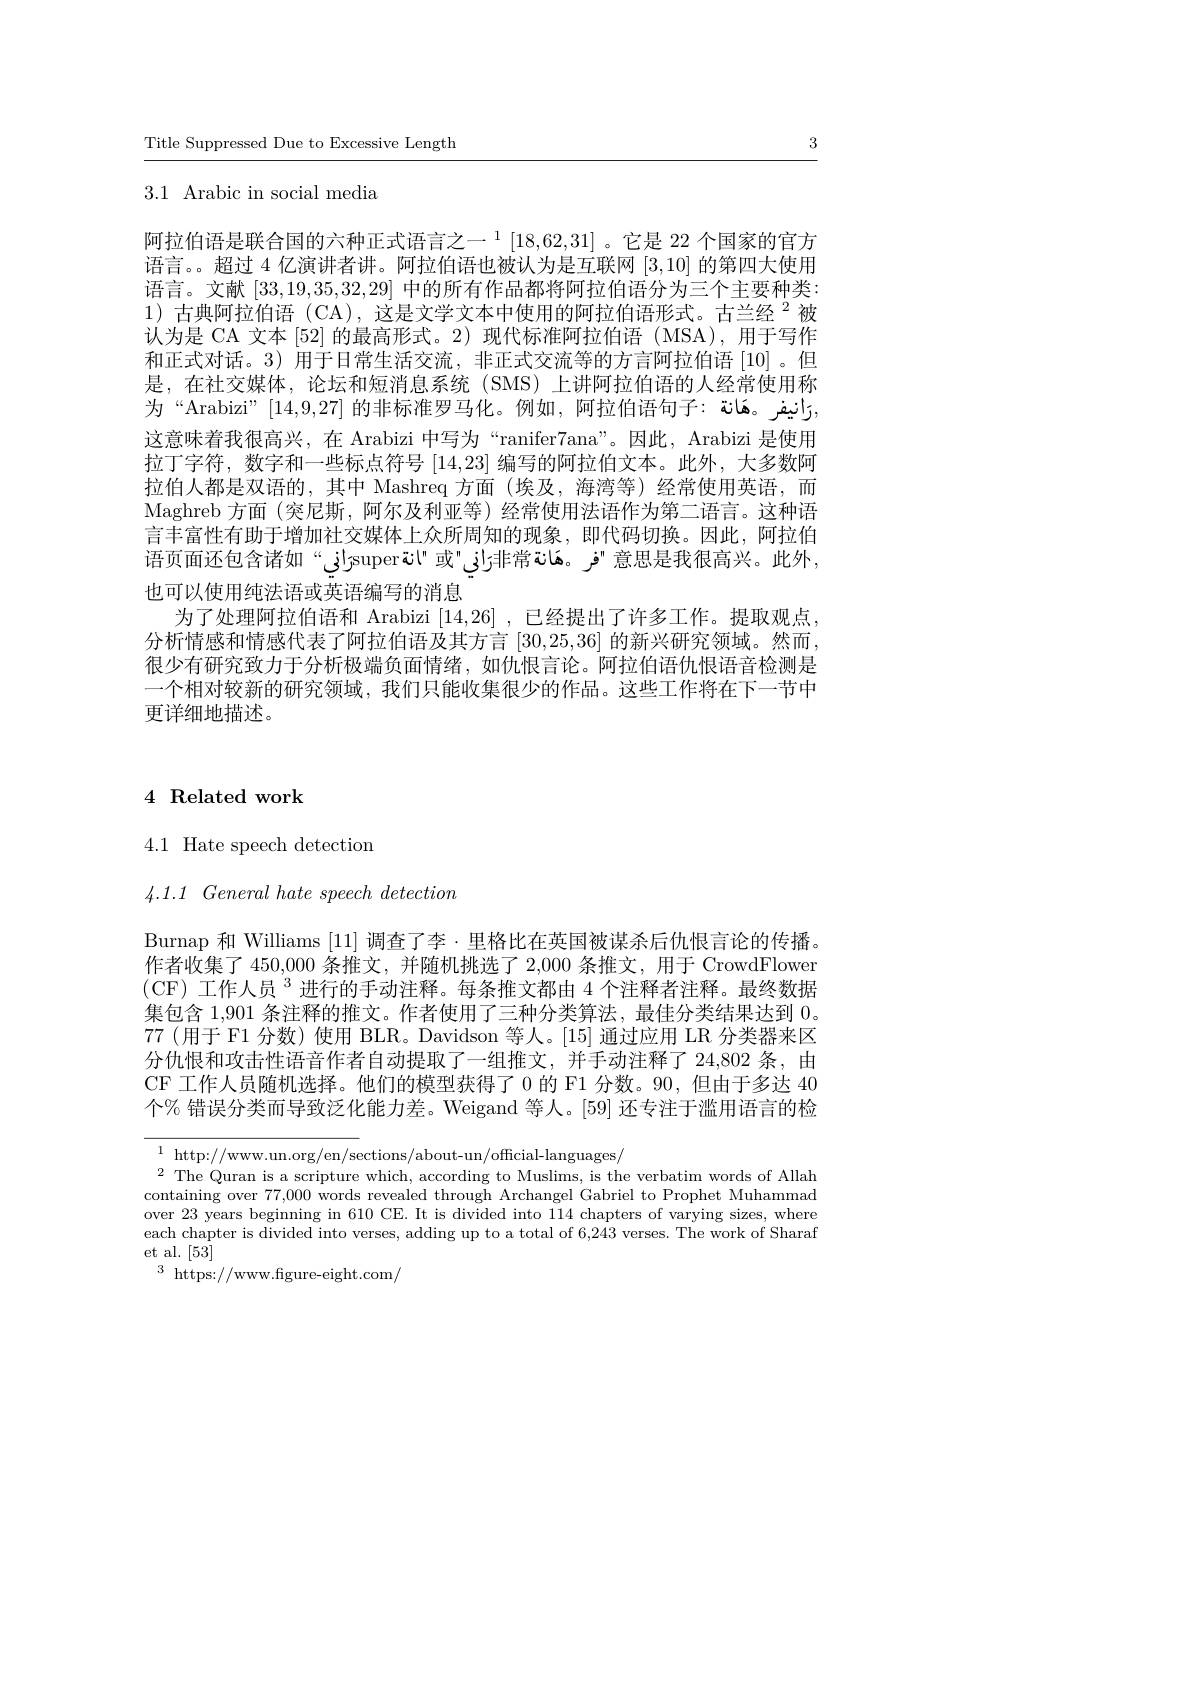
Title Suppressed Due to Excessive Length

3

$3.1{\mathrm{~Arabic~in~social~media}}$

阿拉伯语是联合国的六种正式语言之一$^1[18,62,31]$ 。它是 22 个国家的官方语言。超过 4 亿演讲者讲。阿拉伯语也被认为是互联网[3,10]的第四大使用语言。文献[33,19,35,32,29]中的所有作品都将阿拉伯语分为三个主要种类： $1)\dot{\text{ 古典阿拉伯语 (CA),这是文学文本中使用的阿拉伯语形式。古兰经 }}^2$被认为是 CA 文本 [52] 的最高形式。2)现代标准阿拉伯语 (MSA),用于写作和正式对话。3) 用于日常生活交流，非正式交流等的方言阿拉伯语[10]。但是，在社交媒体，论坛和短消息系统(SMS)上讲阿拉伯语的人经常使用称为“Arabizi”[14,9,27]的非标准罗马化。例如，阿拉伯语句子：رَانیفر。هَانة, 这意味着我很高兴，在 Arabizi 中写为“ranifer7ana”。因此，Arabizi 是使用拉丁字符，数字和一些标点符号[14,23]编写的阿拉伯文本。此外，大多数阿拉伯人都是双语的，其中 Mashreq 方面 (埃及，海湾等) 经常使用英语，而Maghreb 方面 (突尼斯，阿尔及利亚等)经常使用法语作为第二语言。这种语言丰富性有助于增加社交媒体上众所周知的现象，即代码切换。因此，阿拉伯语页面还包含诸如“ز"superت$\" 或” وَهَانة常非زاز وَهَانة 常非زاز وَ فر فانة 常非زاز وَ$ 也可以使用纯法语或英语编写的消息
为了处理阿拉伯语和 Arabizi [14,26] ,已经提出了许多工作。提取观点， 分析情感和情感代表了阿拉伯语及其方言[30,25,36]的新兴研究领域。然而， 很少有研究致力于分析极端负面情绪，如仇恨言论。阿拉伯语仇恨语音检测是一个相对较新的研究领域，我们只能收集很少的作品。这些工作将在下一节中更详细地描述。

# $4\textbf{Related work}$

$4.1{\mathrm{Hate~speech~detection}}$

$4.1.1~General~hate~speech~detection$

Burnap 和 Williams [11]调查了李·里格比在英国被谋杀后仇恨言论的传播。作者收集了 450,000 条推文，并随机挑选了 2,000 条推文 ,用于 CrowdFlower (CF$) \text{ 工 作 人 员 }^{3}$进行的手动注释。每条推文都由 4 个注释者注释。最终数据集包含 1,901 条注释的推文。作者使用了三种分类算法，最佳分类结果达到0。77(用于 F1 分数) 使用 BLR。Davidson 等人。[15] 通过应用 LR 分类器来区分仇恨和攻击性语音作者自动提取了一组推文，并手动注释了 24,802 条，由CF 工作人员随机选择。他们的模型获得了0 的 F1 分数。90,但由于多达 40个% 错误分类而导致泛化能力差。Weigand 等人。[59] 还专注于滥用语言的检

$\begin{array}{c}{1\:\mathrm{http://www.un.org/en/sections/about-un/official-languages/}}\\{2\:\mathrm{Th.O.cm-is~an-is~an/is~an/official-languages/}}\end{array}$
$^{2}$ The Quran is a scripture which, according to Muslims, is the verbatim words of Allah containing over 77,000 words revealed through Archangel Gabriel to Prophet Muhammad over 23 years beginning in 610 CE. It is divided into 114 chapters of varying sizes, where each chapter is divided into verses, adding up to a total of 6,243 verses. The work of Sharaf et al. [53]
$^{3}$ https://www.figure-eight.com/